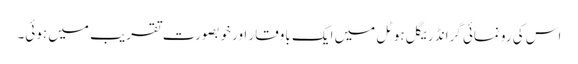
اس کی رونمائی گرانڈ ریگل ہوٹل میں ایک باوقار اور خوبصورت تقریب میں ہوئی۔